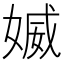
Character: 媙